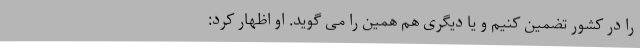
را در کشور تضمین کنیم و یا دیگری هم همین را می گوید. او اظهار کرد: